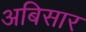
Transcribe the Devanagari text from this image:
अबिसार